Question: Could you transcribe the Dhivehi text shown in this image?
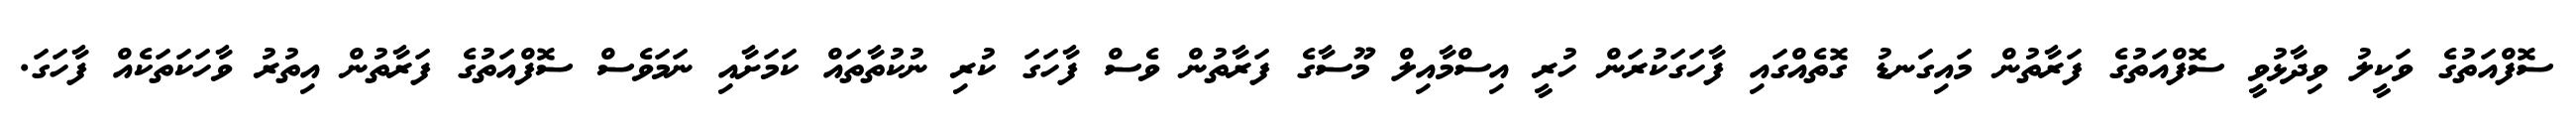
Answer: ސޮފްއަތުގެ ވަކީލު ވިދާޅުވީ ސޮފްއަތުގެ ފަރާތުން މައިގަނޑު ގޮތެއްގައި ފާހަގަކުރަން ހުރީ އިސްމާއިލް މޫސާގެ ފަރާތުން ވެސް ފާހަގަ ކުރި ނުކުތާތައް ކަމަށާއި ނަމަވެސް ސޮފްއަތުގެ ފަރާތުން އިތުރު ވާހަކަތަކެއް ފާހަގަ.